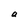
Character: a